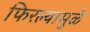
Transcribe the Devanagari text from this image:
फिरल्यामुळे